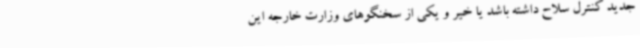
جدید کنترل سلاح داشته باشد یا خیر و یکی از سخنگوهای وزارت خارجه این